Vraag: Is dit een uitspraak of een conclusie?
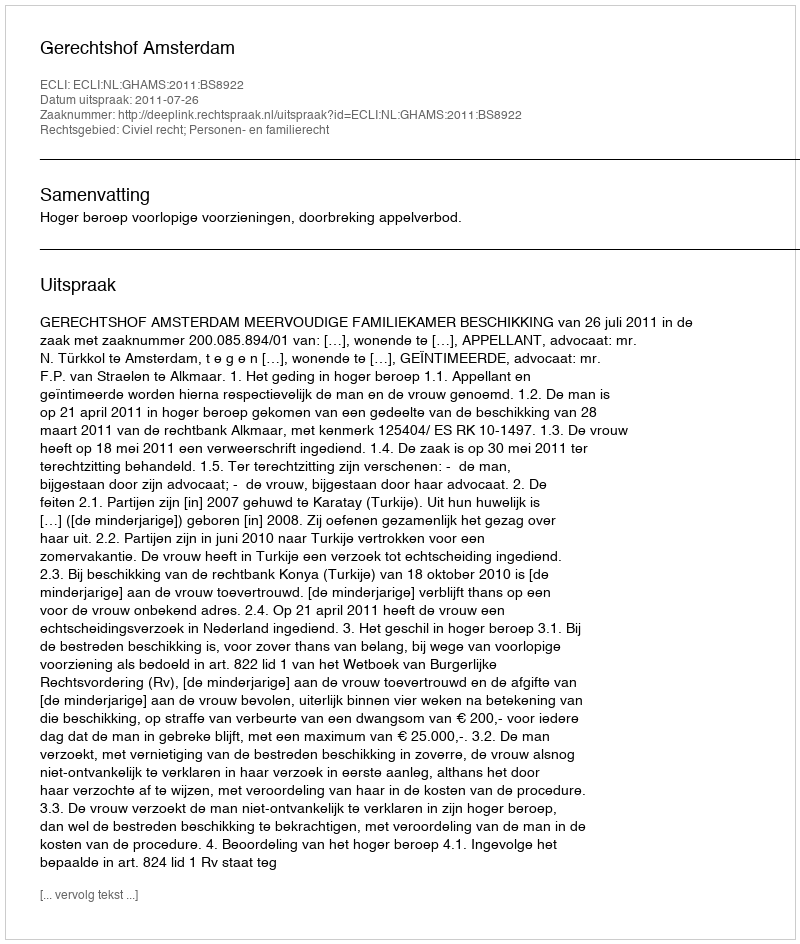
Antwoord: Uitspraak